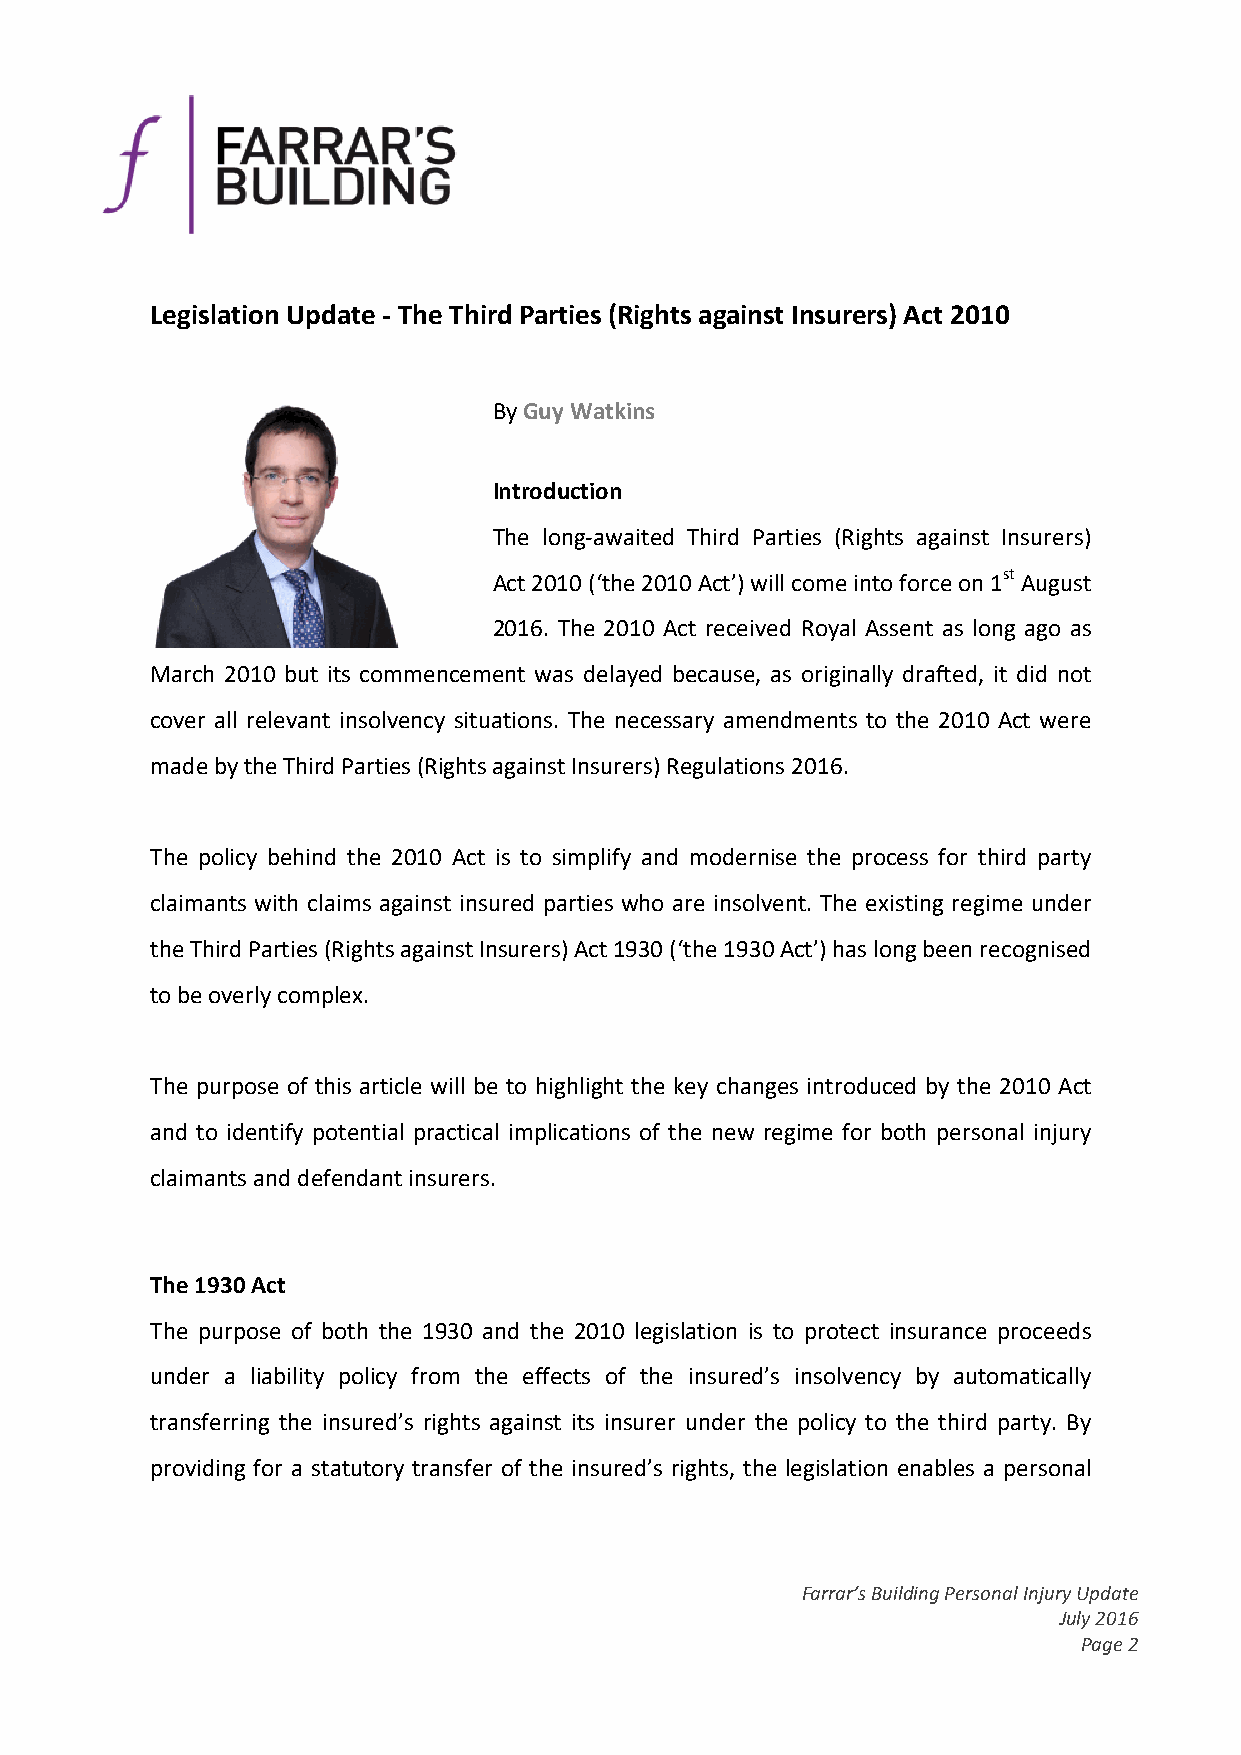
Legislation Update - The Third Parties (Rights against Insurers) Act 2010
 ByGuyWatkins
 Introduction
 The long-awaited Third Parties (Rights against Insurers)
 Act2010(‘the2010Act’)willcomeintoforceon1stAugust
 2016. The 2010 Act received Royal Assent as long ago as
 March 2010 but its commencement was delayed because, as originally drafted, it did not
 cover all relevant insolvency situations. The necessary amendments to the 2010 Act were
 madebytheThirdParties(RightsagainstInsurers)Regulations2016.
 The policy behind the 2010 Act is to simplify and modernise the process for third party
 claimants with claims against insured parties who are insolvent. The existing regime under
 theThirdParties(RightsagainstInsurers)Act1930(‘the1930Act’)haslongbeenrecognised
 tobeoverlycomplex.
 The purpose of this article will be to highlight the key changes introduced by the 2010 Act
 and to identify potential practical implications of the new regime for both personal injury
 claimantsanddefendantinsurers.
 The1930Act
 The purpose of both the 1930 and the 2010 legislation is to protect insurance proceeds
 under a liability policy from the effects of the insured’s insolvency by automatically
 transferring the insured’s rights against its insurer under the policy to the third party. By
 providing for a statutory transfer of the insured’s rights, the legislation enables a personal
 Farrar’sBuildingPersonalInjuryUpdate
 July2016
 Page2